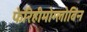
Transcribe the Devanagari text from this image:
फेरिहीमोग्लोबिन